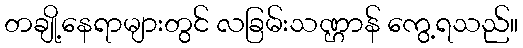
တချို့နေရာများတွင် လခြမ်းသဏ္ဌာန် ကွေ့ရသည်။